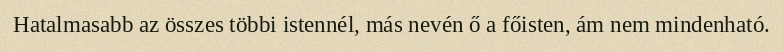
Hatalmasabb az összes többi istennél, más nevén ő a főisten, ám nem mindenható.